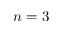
n = 3